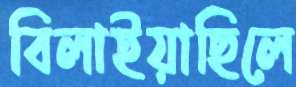
বিলাইয়াছিলে